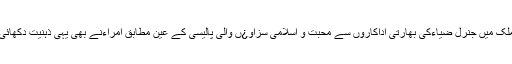
ملک میں جنرل ضیاءکی بھارتی اداکاروں سے محبت و اسلامی سزاو¿ں والی پالیسی کے عین مطابق امراءنے بھی یہی ذہنیت دکھائی۔